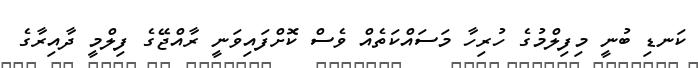
ކަނޑި ބުނީ މިފިލްމުގެ ހުރިހާ މަސައްކަތެއް ވެސް ކޮށްފައިވަނީ ރާއްޖޭގެ ފިލްމީ ދާއިރާގެ